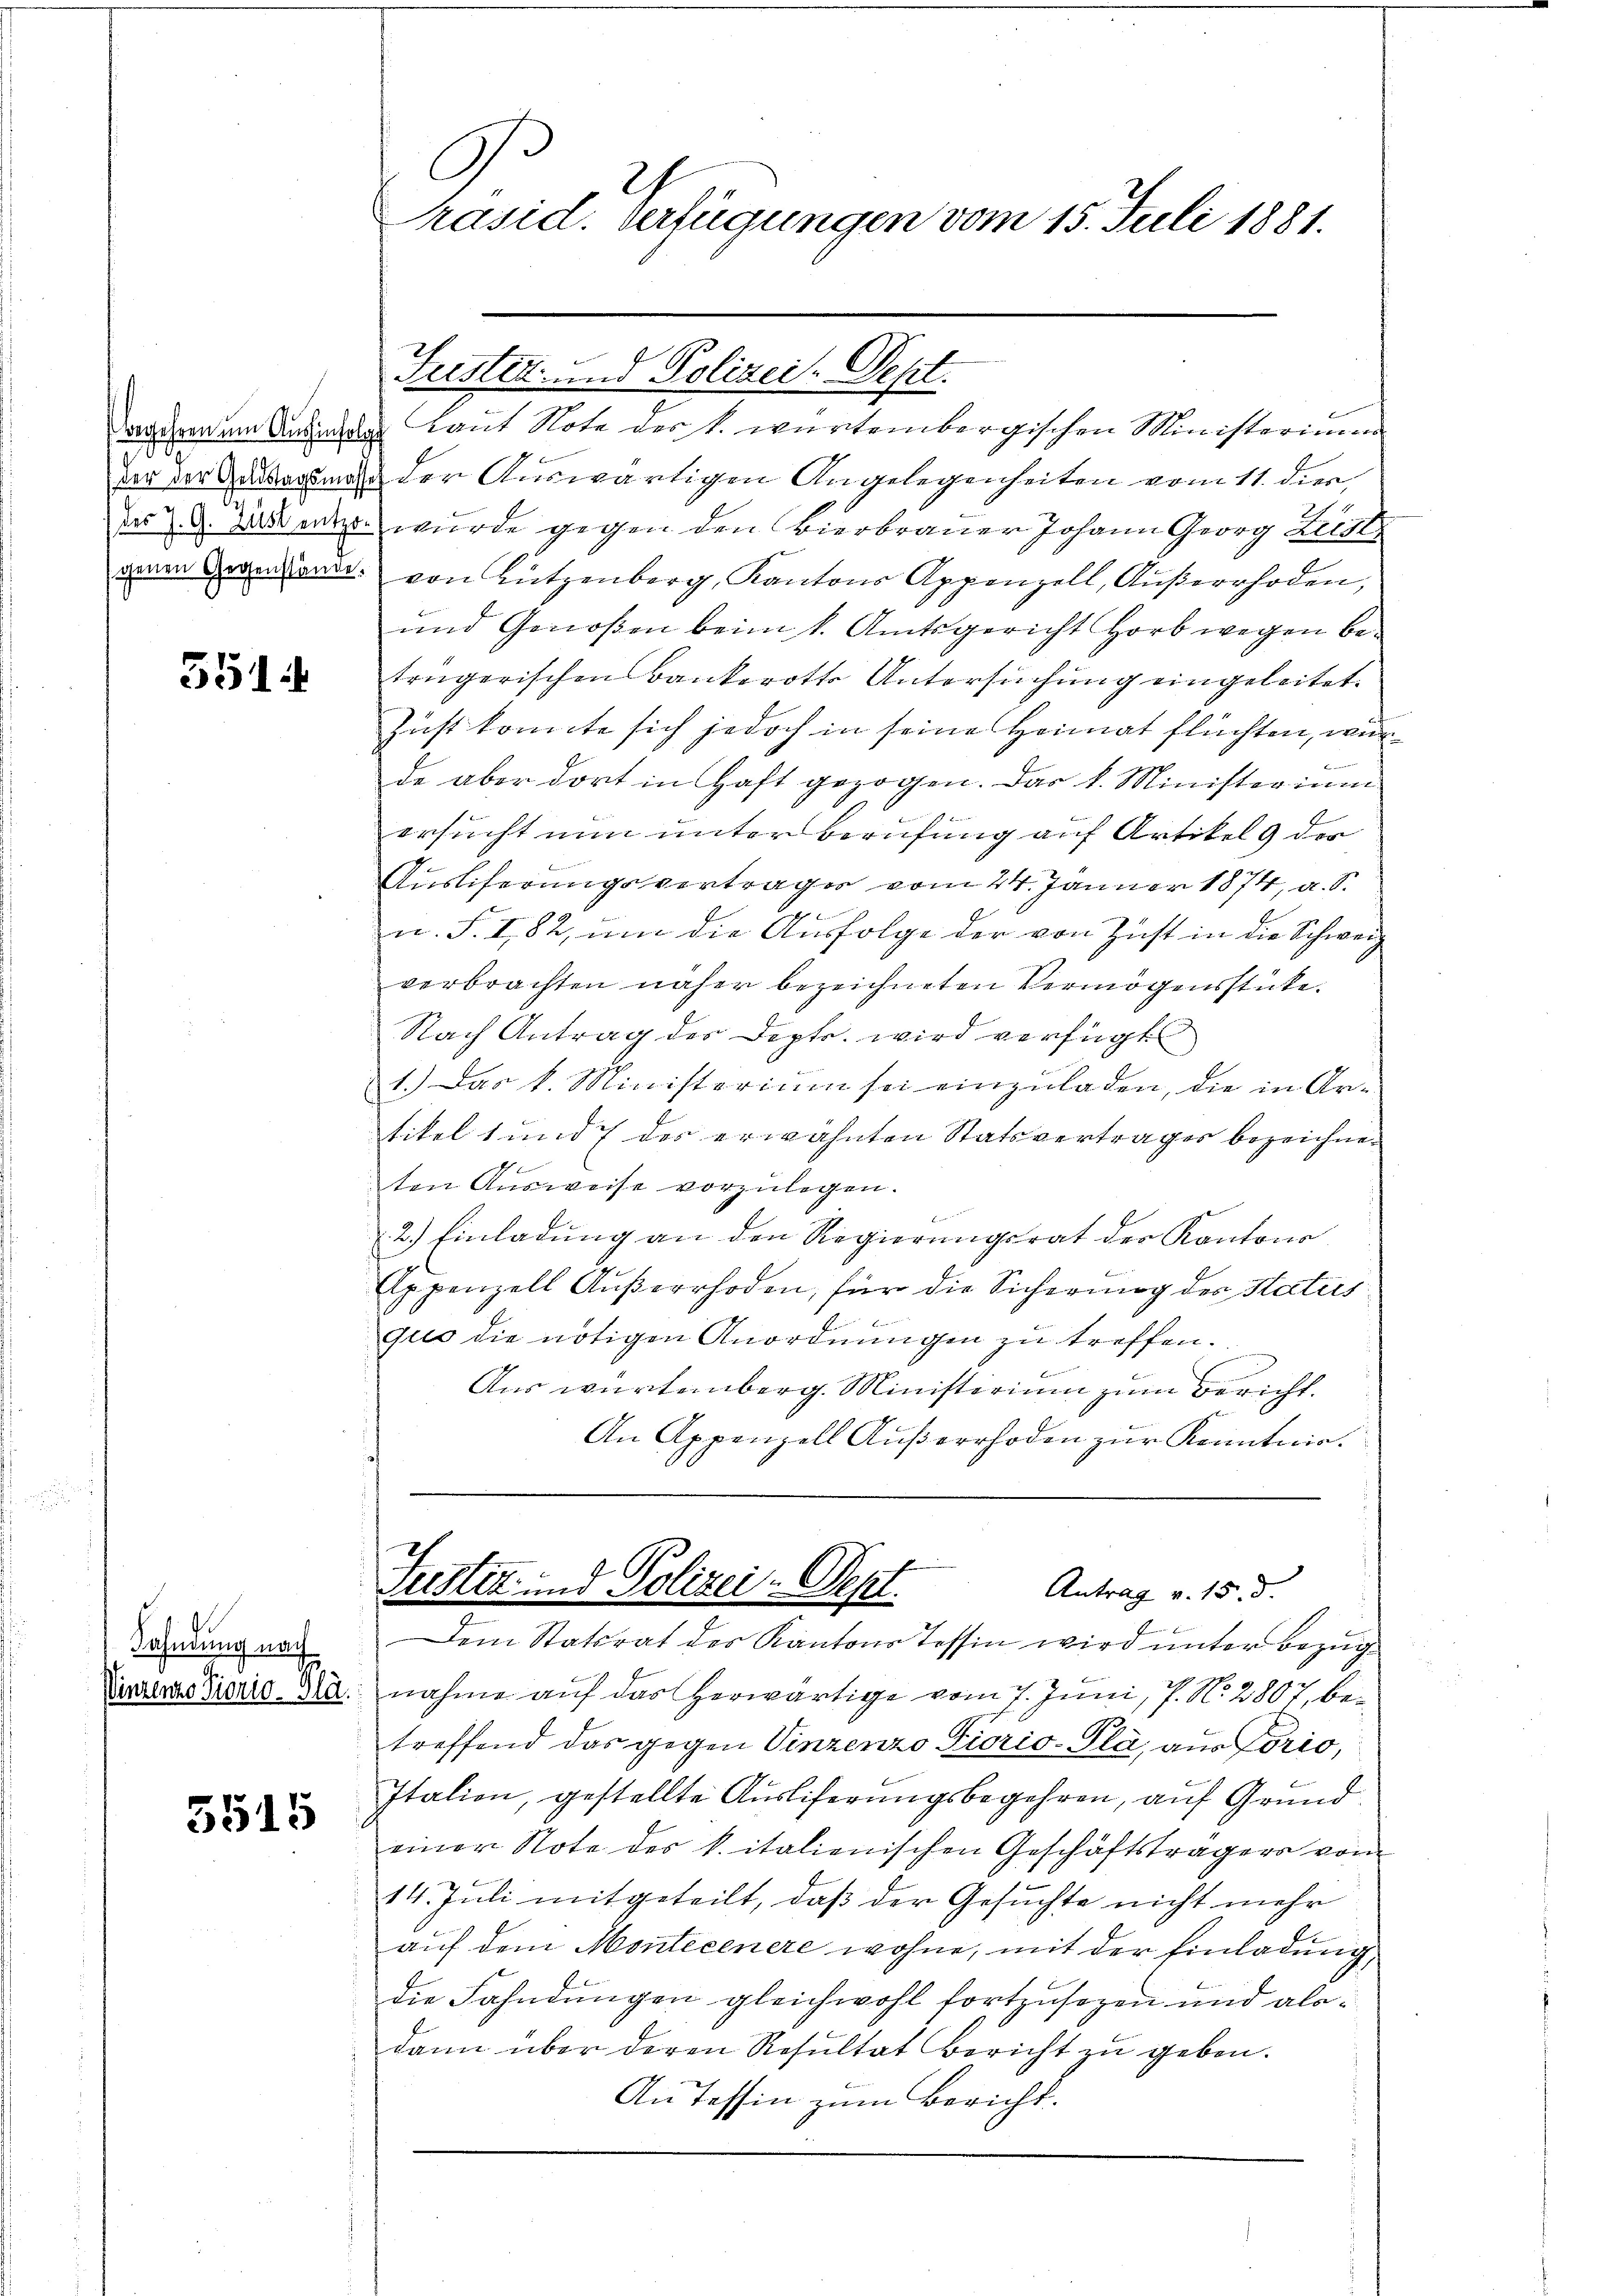
d
7

551

Fahndung nach
Vinzenzo Vicrio-Glä.

5515

C
Präsid. Verfügungen vom 15. Juli 1881.

Fuster- und Polizei. Sept.

Dagdenem Anden Laut Note der k. wartembergischen Ministerium
der der damals der Auswärtigen Angelegenheiten vom 11. dien
ars d. 25 ente wurde gegen den Bierbrauer Johann Georg Lisl
zoren Gegenden von Lützenberg, Kantons Appenzell, Außerrhoden,
und Genoßen beim k. Amtsgericht Horb wegen betrügerischen Bankerotts Untersuchung eingeleitet.
Zust konnte sich jedoch in seine Heimat flüchten, wurde aber dort in Haft gezogen. Das k. Ministerium
ersucht nun unter Berufung auf Artikel der
Ausliferungsvertrages vom 24. Jänner 1874, a. S.
u. S. 182, um die Ausfolge der von Zust in die Schweiz
verbrachten näher bezeichneten Vermögensstücke.
Nach Antrag des Dept. wird verfügt
1.) Das k. Ministerium sei einzuladen, die in Artikel 1 und 7 des erwähnten Statsvertrages bezeichneten Ausweise vorzulegen.
2.) Einladung an den Regierungsrat der Kantons
Appenzell Außerrhoden, für die Sicherung des Status
B
quo die nötigen Anordnungen zu treffen.
Aus würtemberg. Ministerium zum Bericht.
An Appenzell Außerrhoden zur Kenntnis.
Justiz- und Polizei. Sept.
Antrag v. 15. d.
Dem Statsrat der Kantons Tessin wird unter Bezugnahme auf das herwärtige vom 7. Juni, P. N. 2807, bei
treffend das gegen Vinzenzo Fiorio-Plà, aus Lorio,
Itation, gestellte Ausliferungsbegehren, auf Grundeiner Note des k. italienischen Geschäftsträgers von
14. Juli mitgeteilt, daß der Gesuchte nicht mehr
auf dem Montecenere wohne, mit der Einladung
die Fahndungen gleichwohl fortzusegen und alodann über deren Resultat Bericht zu geben.
An Tessin zum Bericht.